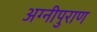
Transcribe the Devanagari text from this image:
अग्नीपुराण